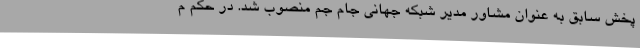
پخش سابق به عنوان مشاور مدیر شبکه جهانی جام جم منصوب شد. در حکم م